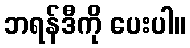
ဘရန်ဒီကို ပေးပါ။